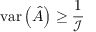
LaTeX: \mathrm { v a r } \left( { \hat { A } } \right) \geq { \frac { 1 } { \mathcal { I } } }